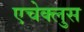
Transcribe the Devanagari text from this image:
एचेक्लुस